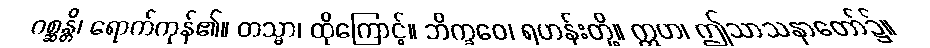
ဂစ္ဆန္တိ၊ ရောက်ကုန်၏။ တသ္မာ၊ ထိုကြောင့်။ ဘိက္ခဝေ၊ ရဟန်းတို့။ ဣဟ၊ ဤသာသနာတော်၌။